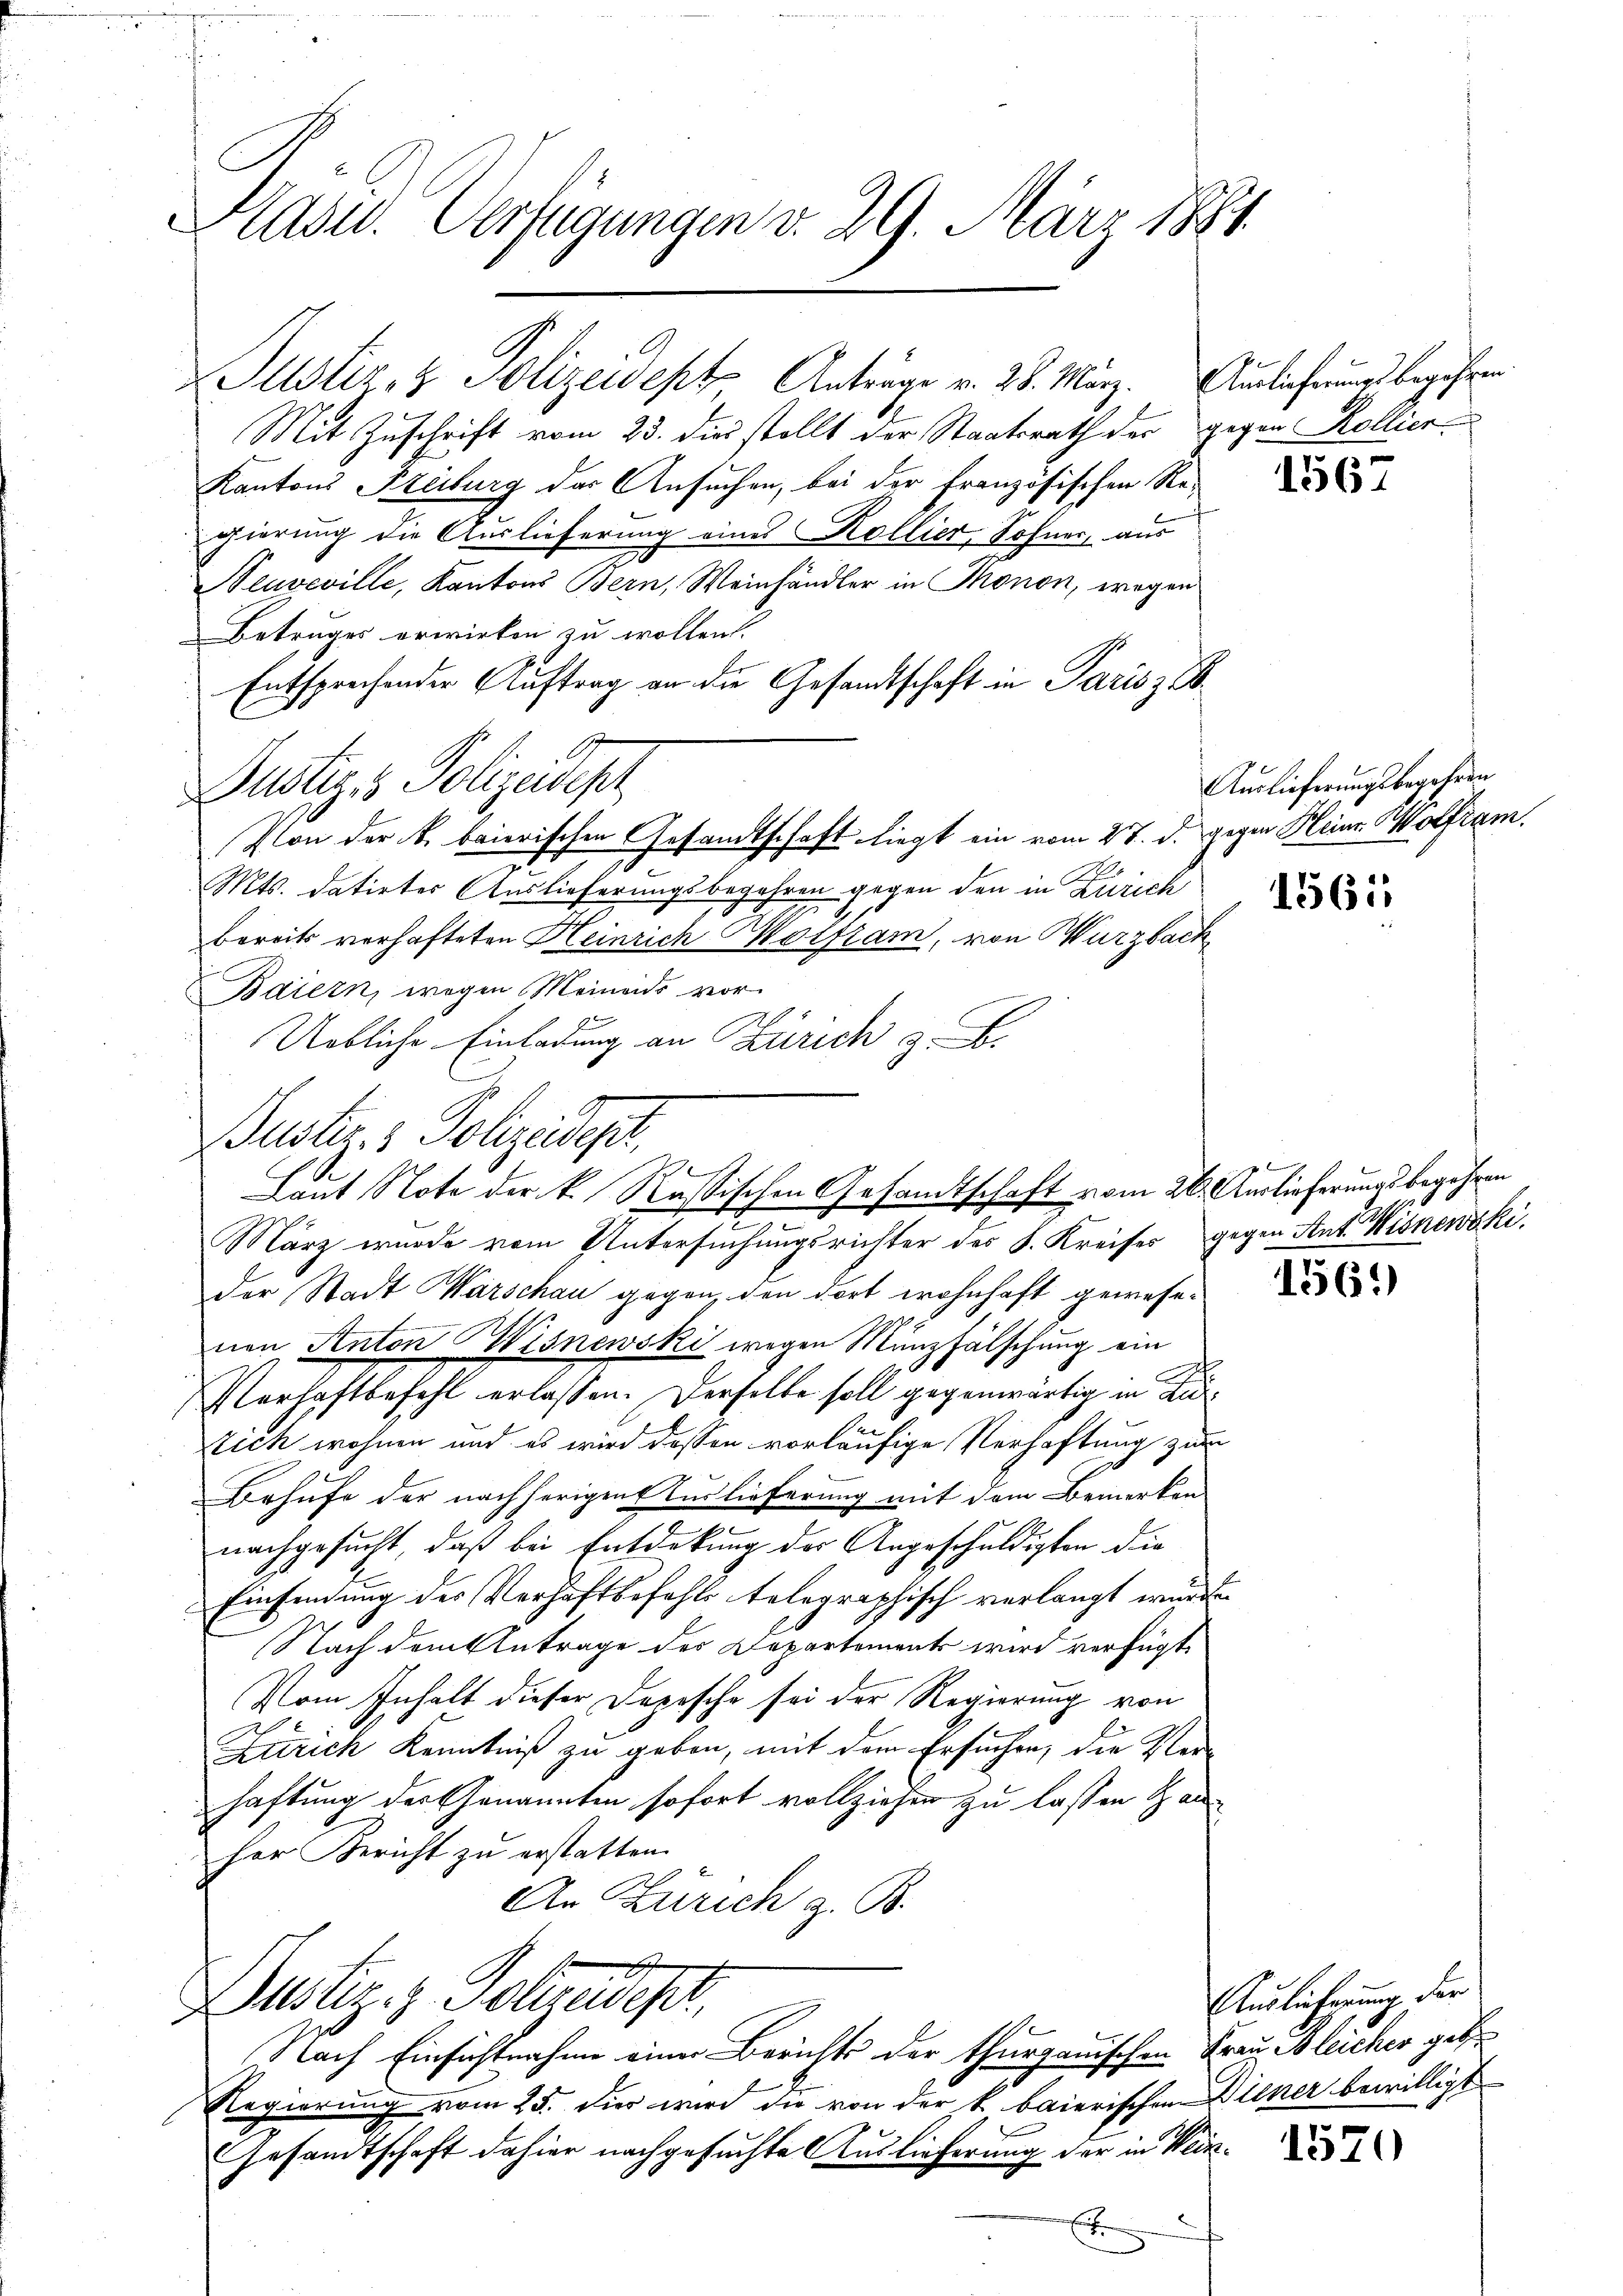
Präsid. Verfügungen v. 29. März 1881

Mit Zuschrift vom 23. dies stellt der Staatsrath der gegen Kollier
Kantons Freiburg der Ansuchen, bei der französischen Regierung die Auslieferung eines Kollier, Sohner, aus
Neuveville, Kantons Bern, Weinhändler in Thonon, wegen
Betruges erwirken zu wollen.
Entsprechender Auftrag an die Gesandtschaft in Paris zu
Dustiz- & Polizeidepr
Von der k. baierischen Gesandtschaft liegt ein vom 27. d. gegen Heinr. Wolfram.
Mts. datirtes Auslieferungsbegehren gegen den in Zürich
bereits verhafteten Heinrich Wolfram, von Würzbach
Baiern, wegen Meinends vor
pe
Uebliche Einladung an Zürich z. B.

Justiz- & Polizeidept Anträge v. 28. März. Auslicherung begehren

der Stadt Warschau gegen, den dort wohnhaft gewesenen Anton Wisnewski wegen Münzfälschung ein
Verhaftbefehl erlassen. Derselbe soll gegenwärtig in Di¬
Stich wohnen und es wird dessen vorläufige Verhaftung zum
Behufe der nachherigens Turlieferung mit dem Bemerken
nachgesucht, daß bei Entdekung der Angeschuldigten die
Einfindung des Verhaftbefehls telegraphisch verlangt würden
Nach dem Antrage der Departement wird verfügt,
Vom Inhalt dieser Depesche sei der Regierung von
Zürich Kenntniß zu geben, mit dem Ersuchen, die Kleihaftung der Genannten sofort vollziehen zu lassen anher Bericht zu erstatten.
An Zürich z. B.

Puster- & Polizeidep
Laut Note der k. Rußischen Gesamtschaft vom 26. Auslieferungsbegehren
März wurde vom Untersuchungsrichter des K. Kreises gegen Ant. Wisnewski.

Regierung vom 25. dies wird die von der k. baierischen Diener bewilligt
Gesamtschaft dahier nachgesuchte Auslieferung der in Wein¬
E

Justiz & Polizeidept,
J lach Einsichtnahme einer Berichts der thurgauischen Frau Bleicher gebe

1567

Auslieferungsbegehren

1561

p

1561)

Auslichtung der

1570